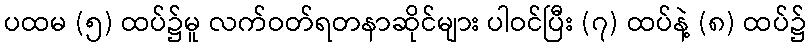
ပထမ (၅) ထပ်၌မူ လက်ဝတ်ရတနာဆိုင်များ ပါဝင်ပြီး (၇) ထပ်နဲ့ (၈) ထပ်၌